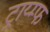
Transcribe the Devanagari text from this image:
ट्राय्म्फ